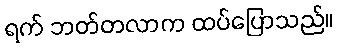
ရက် ဘတ်တလာက ထပ်ပြောသည်။